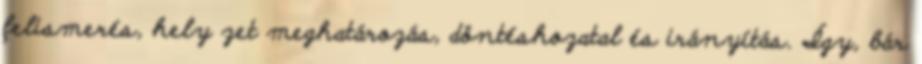
felismerés, hely zet meghatározás, döntéshozatal és irányítás. Így, bár